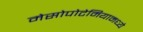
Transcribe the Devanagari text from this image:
मेसोपोटेमियामध्ये